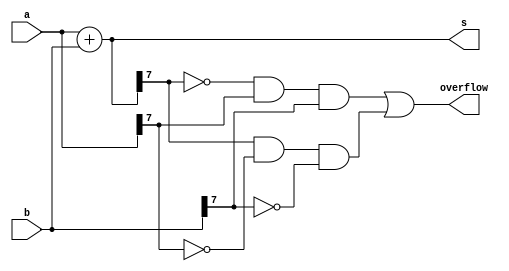
module top_module (
    input [7:0] a,
    input [7:0] b,
    output [7:0] s,
    output overflow
);

    reg [8:0] num;
 	assign num = a + b;
    assign s = num[7:0];
    assign overflow = ~s[7]&a[7]&b[7] | s[7]&~a[7]&~b[7];

endmodule